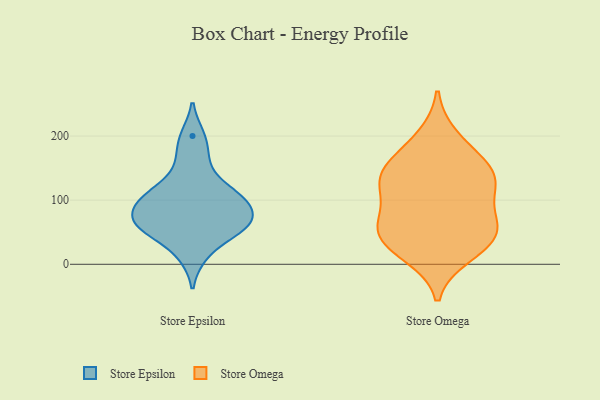
{"axis": {"x": "Tickets Resolved", "y": "Value"}, "legend": ["Store Epsilon", "Store Omega"], "data": [{"x": "", "y": 14, "type": "Store Epsilon"}, {"x": "", "y": 91, "type": "Store Epsilon"}, {"x": "", "y": 68, "type": "Store Epsilon"}, {"x": "", "y": 200, "type": "Store Epsilon"}, {"x": "", "y": 57, "type": "Store Epsilon"}, {"x": "", "y": 99, "type": "Store Epsilon"}, {"x": "", "y": 129, "type": "Store Epsilon"}, {"x": "", "y": 166, "type": "Store Epsilon"}, {"x": "", "y": 103, "type": "Store Epsilon"}, {"x": "", "y": 69, "type": "Store Epsilon"}, {"x": "", "y": 105, "type": "Store Epsilon"}, {"x": "", "y": 54, "type": "Store Epsilon"}, {"x": "", "y": 55, "type": "Store Epsilon"}, {"x": "", "y": 29, "type": "Store Omega"}, {"x": "", "y": 15, "type": "Store Omega"}, {"x": "", "y": 35, "type": "Store Omega"}, {"x": "", "y": 152, "type": "Store Omega"}, {"x": "", "y": 58, "type": "Store Omega"}, {"x": "", "y": 122, "type": "Store Omega"}, {"x": "", "y": 132, "type": "Store Omega"}, {"x": "", "y": 131, "type": "Store Omega"}, {"x": "", "y": 126, "type": "Store Omega"}, {"x": "", "y": 76, "type": "Store Omega"}, {"x": "", "y": 168, "type": "Store Omega"}, {"x": "", "y": 53, "type": "Store Omega"}, {"x": "", "y": 63, "type": "Store Omega"}, {"x": "", "y": 198, "type": "Store Omega"}]}